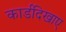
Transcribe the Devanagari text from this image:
कार्डदिखाए